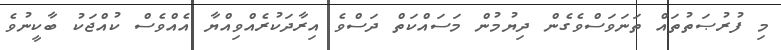
މި ފުރުޞަތުތައް ތަނަވަސްވެގެން ދިޔުމުން މަސައްކަތް ދަސްވެ އިރާދަކުރެއްވިއްޔާ އެއްވެސް ކުއްޖަކު ބާކީނުވެ